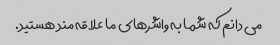
می دانم که شما به واشرهای ما علاقه مند هستید.